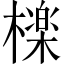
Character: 檪